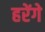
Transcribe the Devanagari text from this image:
हरेंगे